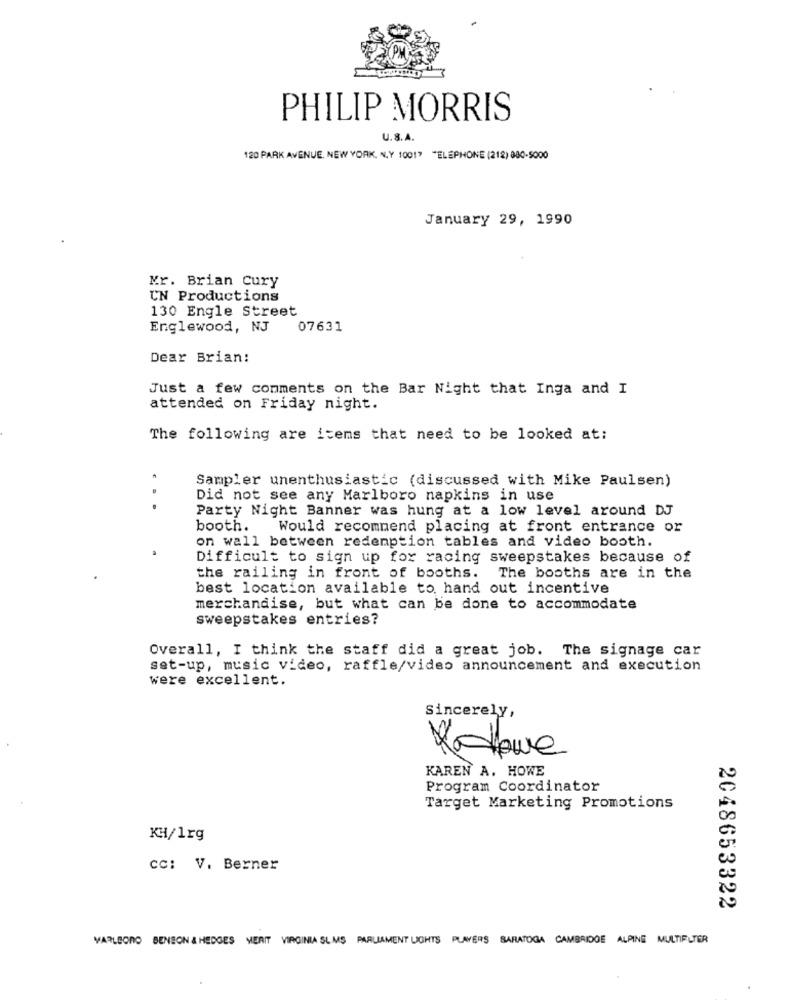
PHILIP MORRIS
U.S.A.
120 PARK AVENUE, NEW YORK, N.Y 10017 "ELEPHONE (212) 880-5000
January 29, 1990
Mr. Brian Cury
UN Productions
130 Engle Street
Englewood, NJ
07631
Dear Brian:
Just a few comments on the Bar Night that Inga and I
attended on Friday night.
The following are items that need to be looked at:
Sampler unenthusiastic (discussed with Mike Paulsen)
Did not see any Marlboro napkins in use
Party Night Banner was hung at a low level around DJ
booth.
Would recommend placing at front entrance or
on wall between redemption tables and video booth.
Difficult to sign up for racing sweepstakes because of
the railing in front of booths. The booths are in the
best location available to, hand out incentive
merchandise, but what can be done to accommodate
sweepstakes entries?
Overall, I think the staff did a great job. The signage car
set-up, music video, raffle/video announcement and execution
were excellent.
Sincerely,
Kadewe
KAREN A. HOWE
Program Coordinator
Target Marketing Promotions
KH/1rg
cc: V. Berner
2048653322
VARLECRO BENSON & HEDGES MERIT VIRGINIA SLMS PARLIAMENT LIGHTS PLAYERS SARATOGA CAMBRIDGE ALPING MULTIFUTER